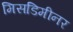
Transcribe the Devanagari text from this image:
मिसडिमीनर